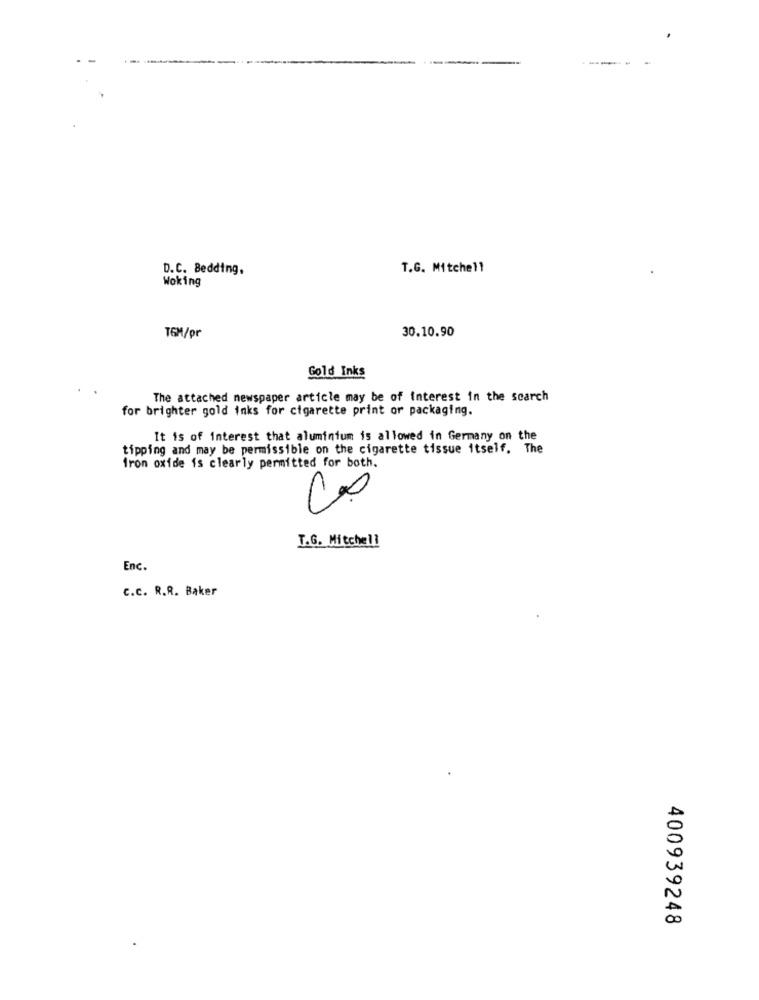
---
D.C. Bedding.
T.G. Mitchell
Woking
30.10.90
TGM/pr
Gold Inks
The attached newspaper article may be of interest in the search
for brighter gold inks for cigarette print or packaging.
It is of interest that aluminium is allowed in Germany on the
tipping and may be permissible on the cigarette tissue itself. The
Iron oxide is clearly permitted for both.
T.G. Mitche !!
Enc.
C.c. R.R. Baker
D
00
400939248